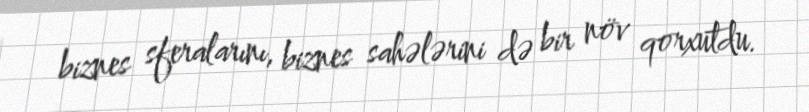
biznes sferalarını, biznes sahələrini də bir növ qorxutdu.